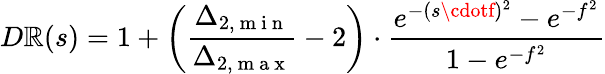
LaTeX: D\mathbb{R}(s)=1+\left(\frac{{\Delta_{2,\mathrm{{~m~i~n~}}}}}{{\Delta_{2,\mathrm{{~m~a~x~}}}}}-2\right)\cdot\frac{{e^{-(s\cdotf)^{2}}-e^{-f^{2}}}}{{1-e^{-f^{2}}}}